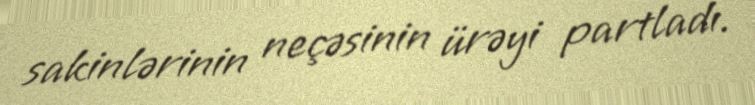
sakinlərinin neçəsinin ürəyi partladı.